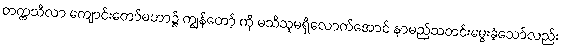
တက္ကသီလာ ကျောင်းတော်မဟာ၌ ကျွန်တော့် ကို မသိသူမရှိလောက်အောင် နာမည်သတင်းမွေးခဲ့သော်လည်း